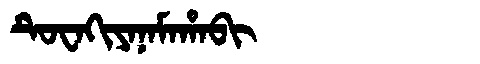
Manchu: ᡨᡠᠸᠠᡴᡳᠶᠠᠨᠠᠮᠠᡥᠠᠪᡳ
Romanization: TUWAKIYANAMAHABI